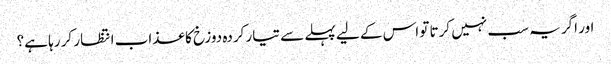
اور اگر یہ سب نہیں کرتا تو اس کے لیے پہلے سے تیار کردہ دوزخ کا عذاب انتظار کر رہا ہے؟